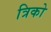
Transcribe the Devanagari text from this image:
त्रिको